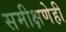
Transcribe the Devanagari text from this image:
समीक्षणेही